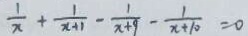
\frac { 1 } { x } + \frac { 1 } { x + 1 } - \frac { 1 } { x + 9 } - \frac { 1 } { x + 1 0 } = 0